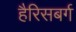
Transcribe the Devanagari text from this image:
हैरिसबर्ग